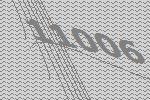
11006